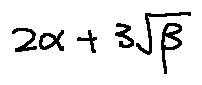
2 \alpha + 3 \sqrt { \beta }